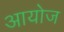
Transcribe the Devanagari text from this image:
आयोज